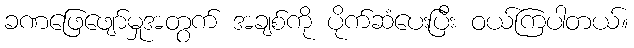
ခဏဖြေဖျော်မှုအတွက် အချစ်ကို ပိုက်ဆံပေးပြီး ဝယ်ကြပါတယ်။